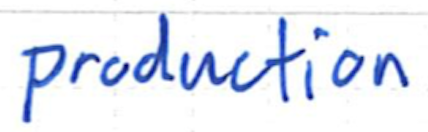
Text: production
Cross-out: clean
Writing tool: ballpoint